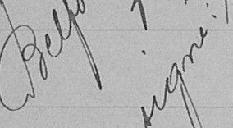
Belfort signé: